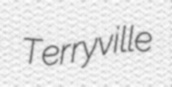
Terryville